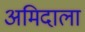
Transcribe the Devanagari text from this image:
अमिदाला